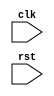
module my_module (
    input wire clk,
    input wire rst,
    // other input/output ports
);

reg [7:0] data;

always @(negedge rst) begin
    // reset logic here
    data <= 8'h00;
end

// other logic here

endmodule